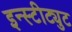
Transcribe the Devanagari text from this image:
इन्स्टीट्युट